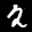
Label: 2